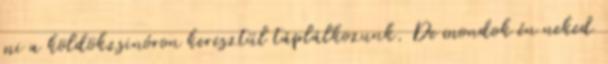
mi a köldökzsinóron keresztül táplálkozunk. De mondok én neked